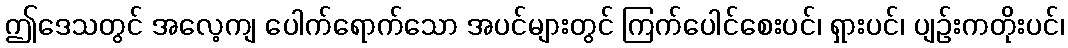
ဤဒေသတွင် အလေ့ကျ ပေါက်ရောက်သော အပင်များတွင် ကြက်ပေါင်စေးပင်၊ ရှားပင်၊ ပျဉ်းကတိုးပင်၊